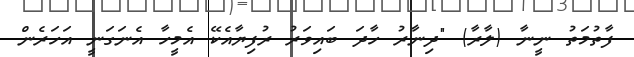
ފާތުމަތު ނީނާ (ލާރާ) "ދިނާރު ހާދަ ބައިވަރު ރުފިޔާއެކޭ އެމީހާ އެނަގަނީ އަހަރެން